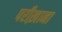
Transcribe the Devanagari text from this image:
परीख़ाना